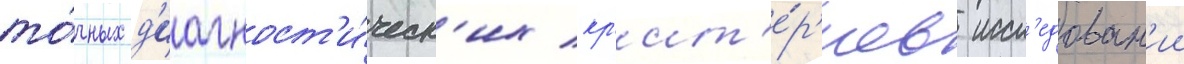
то́чных д'иагност'и́ческ'их кр'ит'е́р'иев иссл'едован'ии